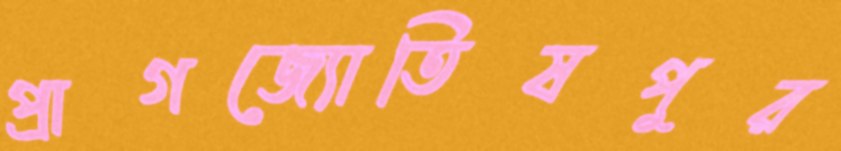
প্রাগজ্যোতিষপুর